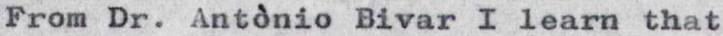
From Dr. Antònio Bivar I learn that